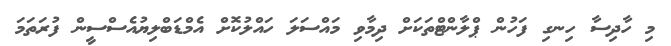
މި ހާދިސާ ހިނގި ފަހުން ޕްލާންޓްތަކަށް ދިމާވި މައްސަލަ ހައްލުކޮށް އެމްޑަބްލިޔުއެސްސީން ފުރަތަމަ